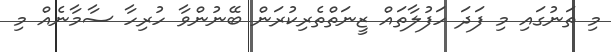
މި ތަނުގައި މި ފަދަ ހަފުލާތައް ޒީނަތްތެރިކުރަން ބޭނުންވާ ހުރިހާ ސާމާނެއް މި